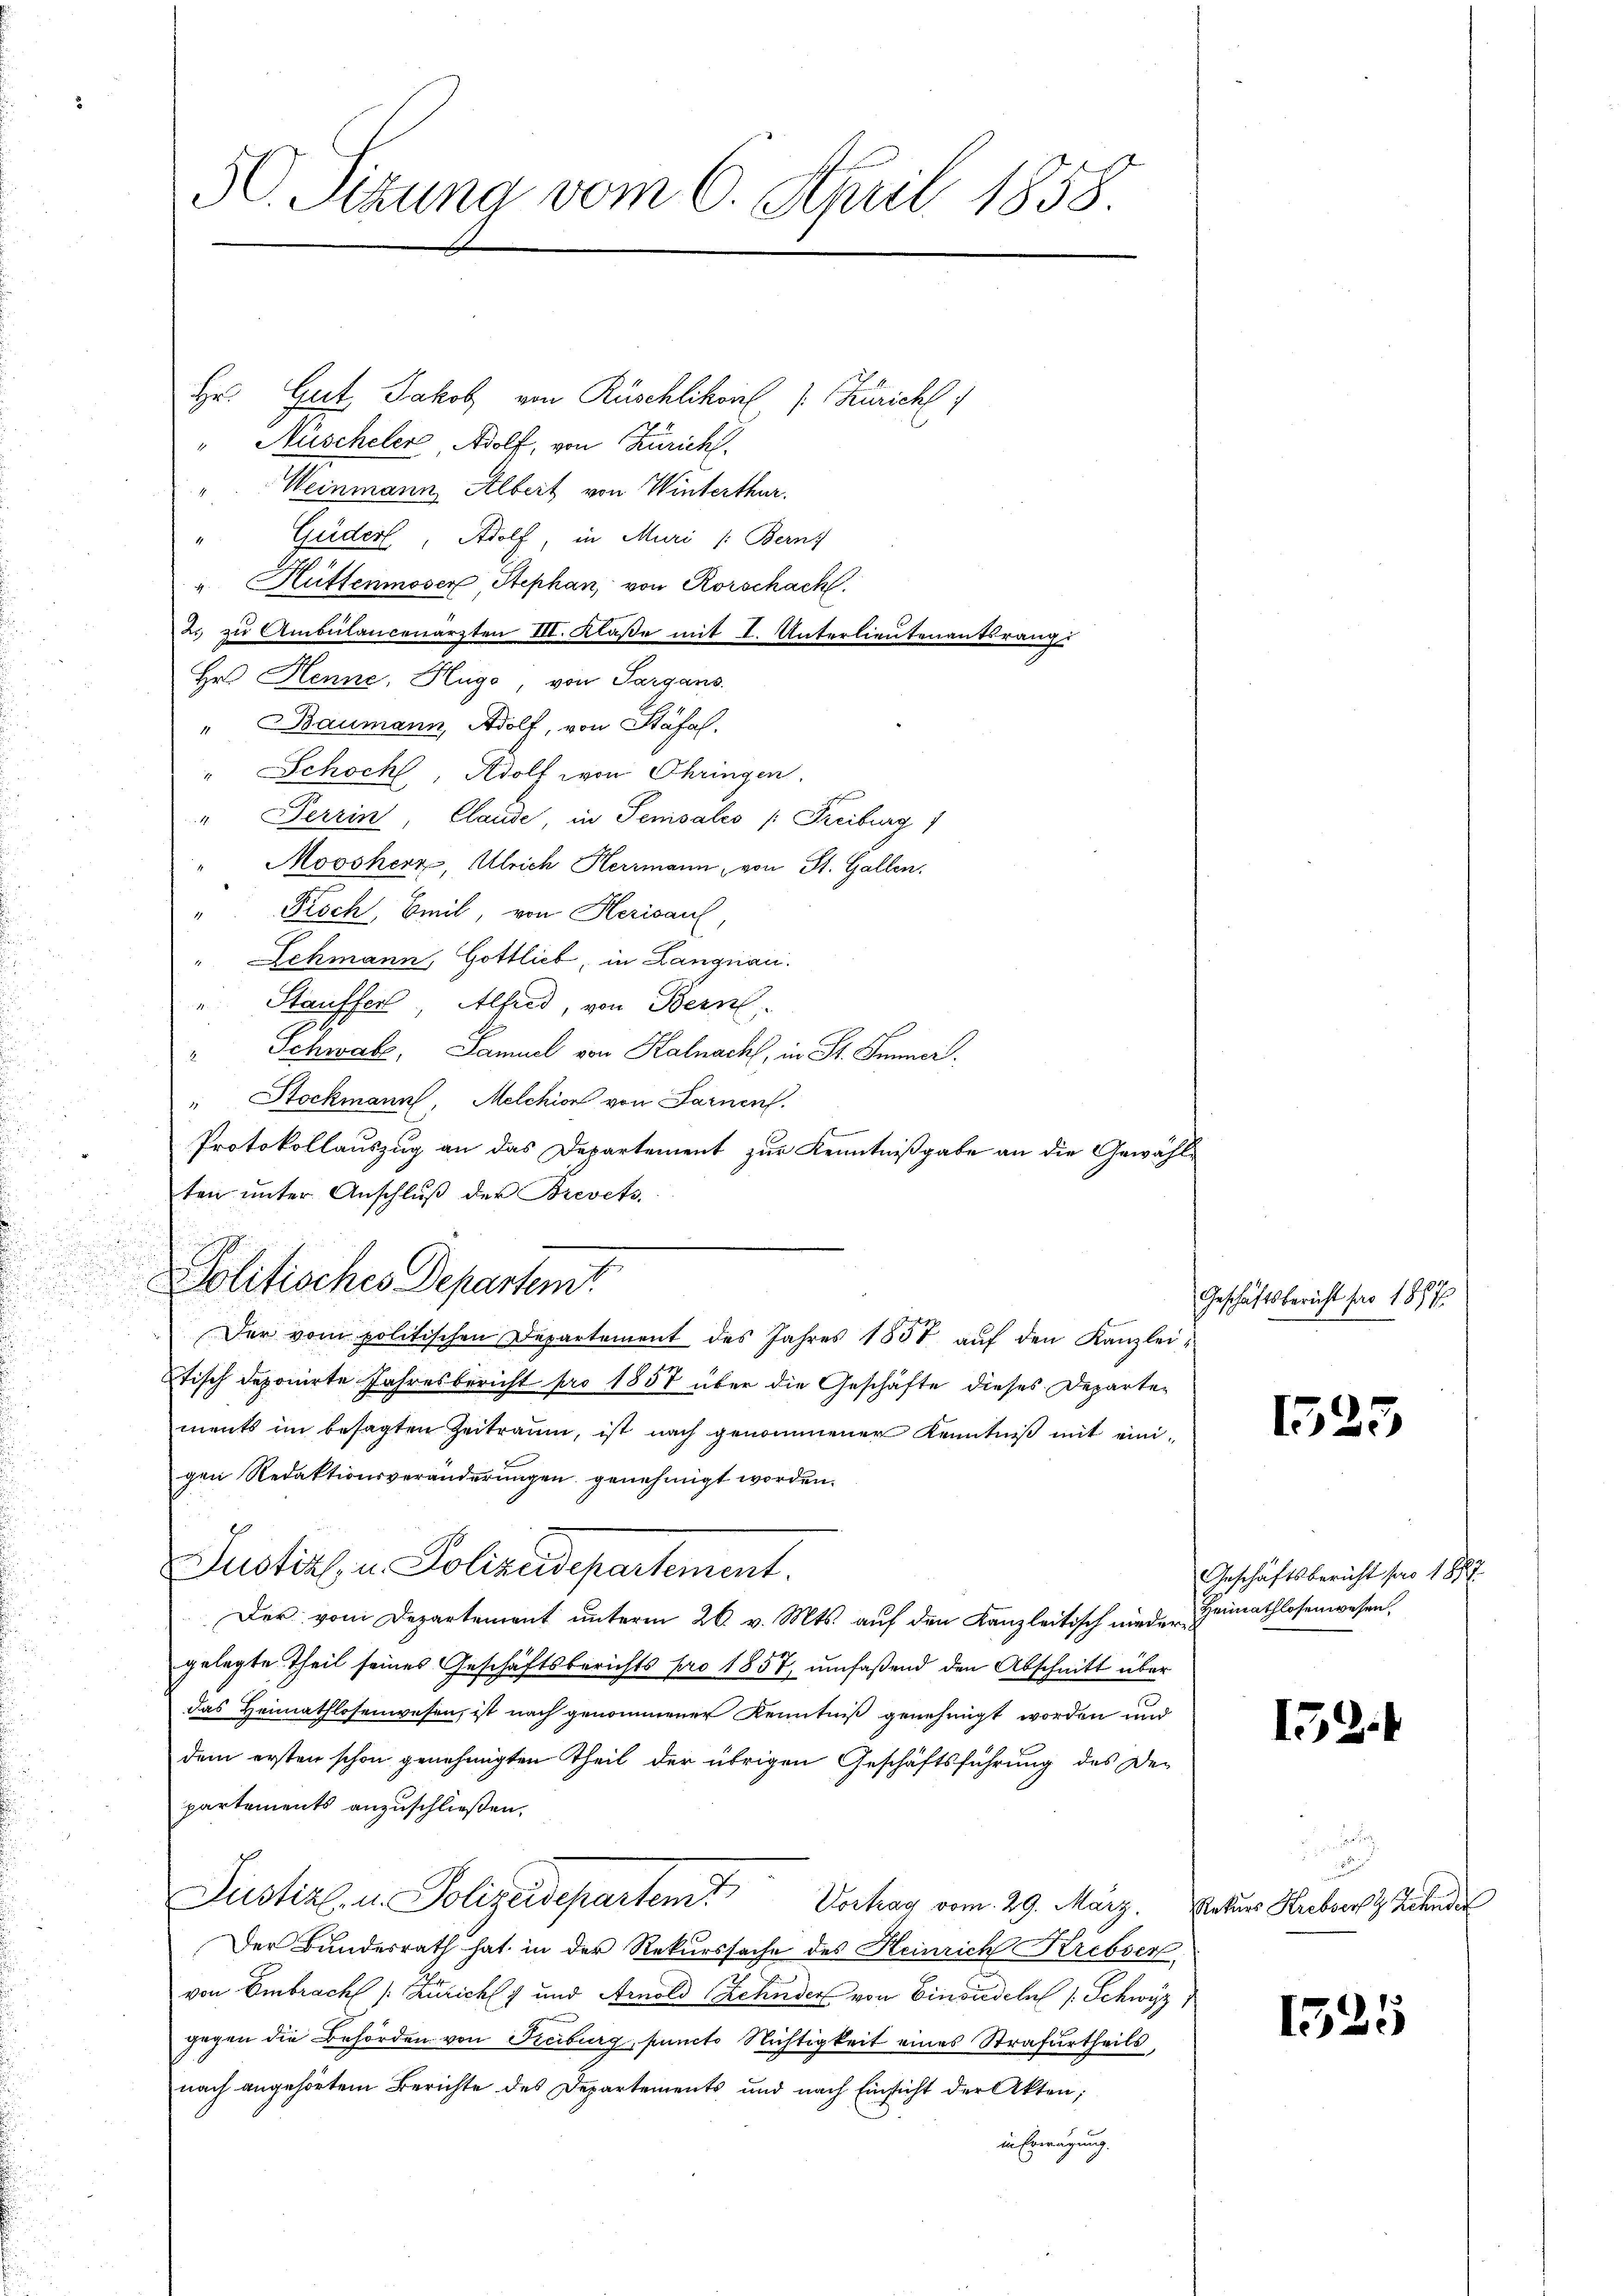
d
n

50. Sitzung vom 6. April 1858.

Hr. Gut Jakob von Rüschlikon, 1. Zuricht
" Nüscheler Adolf, von Züricht.
Weinmann, Albert von Winterthur.
Güderl, Adolf, in Muri /: Berns
Hüttenmoser Stephan, von Rorschach
2. zu Ambülancenarzten III. Klaße mit I. Unterlieutenantsrangs
Hr. Henne, Hugo, von Sargans.
" Baumann, Adolf, von Stäfal.
" Schoch, Adolf von Ohringen.
" Perrin, Claude, in Sensales (Freiburg)
Moosherz, Ulrich Herrmann, von St. Gallen.
" Proch, Beil, von Herisau,
Lehmann, Gottlieb, in Langnau.
Stauffer, Alferd, von Bern
Schwalz, Samuel von Halnach, in St. Immer.
Stockmann, Melchion von Farnen.
Protokollauszug an das Departement zur Kenntnißgabe an die Gewählten ŭnter Anschlŭβ der Brevets.

Der vom politischen Departement des Jahres 1857 auf den Kanzlei¬
Etisch deponirte Jahresbericht pro 1857 über die Geschäfte dieses Departements im besagten Zeitraum, ist nach genommener Kenntniß mit einigen Redaktionsveränderungen genehmigt worden.
1
Justiz u. Polizeidepartement.
Der vom Departement unterm 26. v. Mts. auf den Kanzleitisch nieder Heimathlosenwesen.
gelegte Theil seines Geschäftsberichts pro 1857, umfaßend den Abschnitt über
das Heimathlosenwesen, ist nach genommener Kenntniß genehmigt worden und
dem ersten schon genehmigten Theil der übrigen Geschäftsführung des De-
partements anzuschließen.
Justiz- u. Polizeidepartend
Vortrag vom 29. März.
Der Bundesrath hat in der Rekurssache des Heinrich Krebser
von Embracht sich und Arnold Zehnder von Einsiedeln s. Schwyz
gegen die Behörden von Freiburg, puncto Nichtigkeit eines Strafurtheils,
nach angehörtem Berichte des Departements und nach Einsicht der Akten;
in Erwägung.

Politisches Departem

Geschäftsbericht pro 1857

1525

Geschäftsbericht pro 1887

152.

r
Naturs Krebser Zehnder

1525